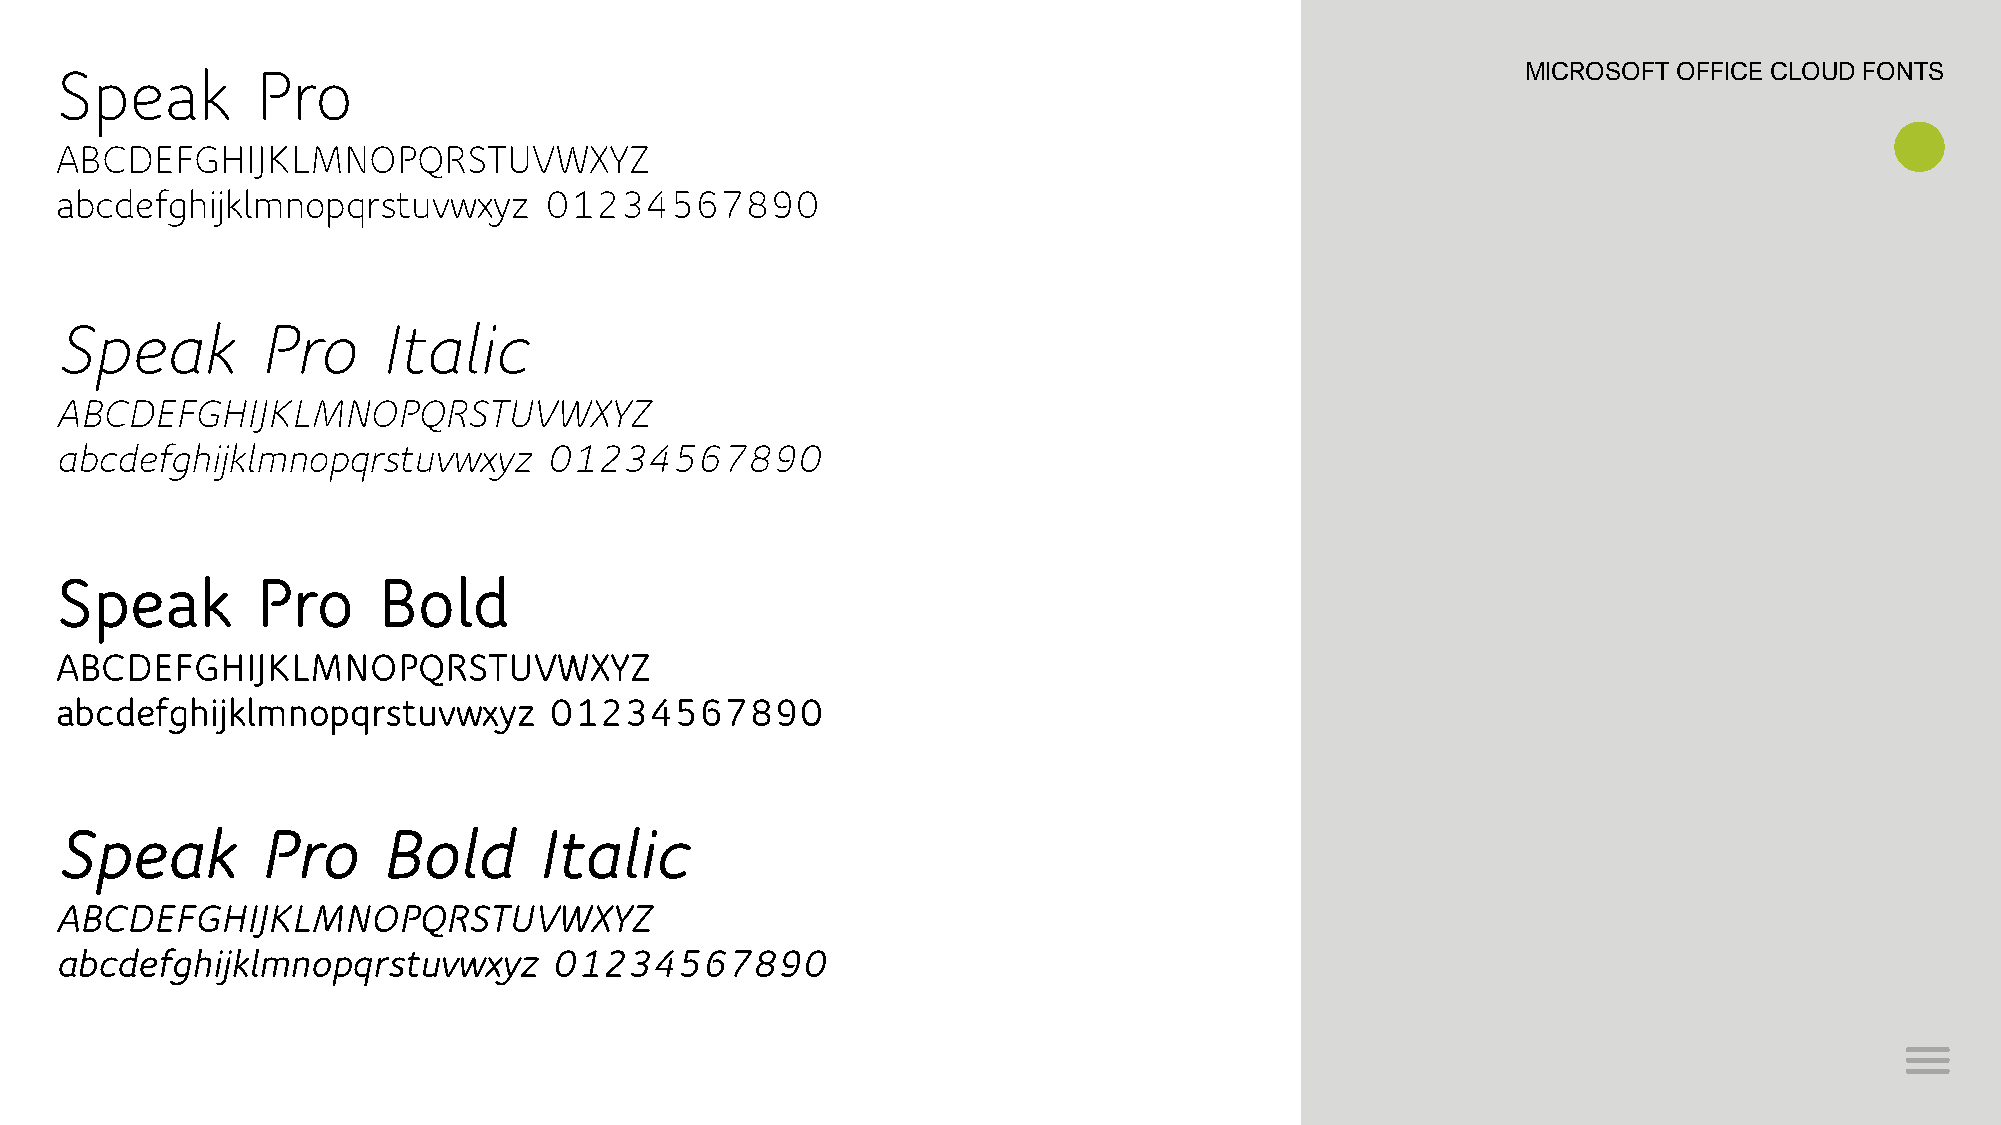
Speak        Pro                                                                                 MICROSOFT OFFICE CLOUD FONTS
 ABCDEFGHIJKLMNOPQRSTUVWXYZ
 abcdefghijklmnopqrstuvwxyz      01234567890
 Speak        Pro     Italic
 ABCDEFGHIJKLMNOPQRSTUVWXYZ
 abcdefghijklmnopqrstuvwxyz      01234567890
 Speak        Pro     Bold
 ABCDEFGHIJKLMNOPQRSTUVWXYZ
 abcdefghijklmnopqrstuvwxyz      01234567890
 Speak        Pro     Bold       Italic
 ABCDEFGHIJKLMNOPQRSTUVWXYZ
 abcdefghijklmnopqrstuvwxyz      01234567890